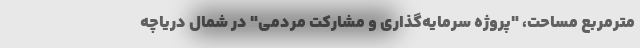
مترمربع مساحت، "پروژه سرمایه‌گذاری و مشارکت مردمی" در شمال دریاچه